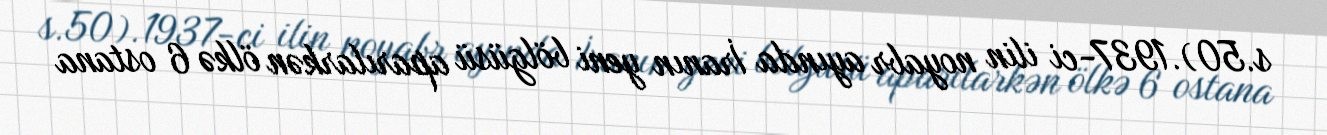
s.50).1937-ci ilin noyabr ayında İranın yeni bölgüsü aparılarkən ölkə 6 ostana